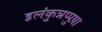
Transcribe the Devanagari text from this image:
इलंकुन्नप्पुष़ा